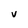
Character: V